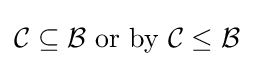
{\mathcal {C}}\subseteq {\mathcal {B}}{\text{ or by }}{\mathcal {C}}\leq {\mathcal {B}}